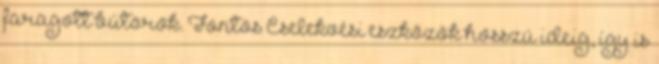
faragott bútorok. Fontos Cselekvési eszközök hosszú ideig, így is